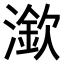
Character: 𣾠